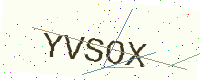
Text: YVSOX